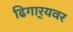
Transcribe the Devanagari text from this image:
ढिगार्‍यवर